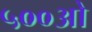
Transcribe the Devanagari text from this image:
५००ओ